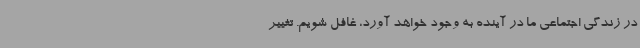
در زندگی اجتماعی ما در آینده به وجود خواهد آورد، غافل شویم. تغییر